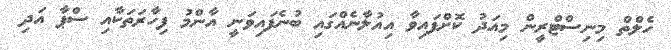
ހެލްތް މިނިސްޓްރީން މިއަދު ކޮށްފައިވާ އިއުލާނެއްގައި ބުނެފައިވަނީ އާންމު ފިހާރަތަކާއި ސްޕާ އަދި